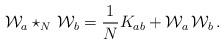
LaTeX: \begin{align*}{\cal W}_a \star_N \,{\cal W}_b = \frac{1}{N}K_{ab} + {\cal W}_a\,{\cal W}_b\,.\end{align*}